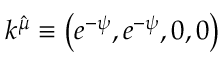
k ^ { \hat { \mu } } \equiv \left( e ^ { - \psi } , e ^ { - \psi } , 0 , 0 \right)